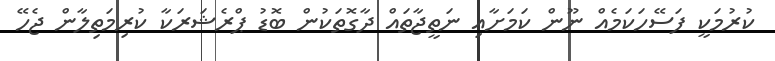
ކުރުމަކީ ފަސޭހަކަމެއް ނޫން ކަމަށާއި ނަތީޖާތައް ދާގޮތަކުން ބޮޑު ޕްރެޝަރަކާ ކުރިމަތިލާން ޖެހޭ